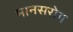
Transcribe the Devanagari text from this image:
मानसरोग